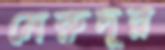
মেরুদূর